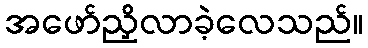
အဖော်ညှိလာခဲ့လေသည်။